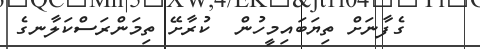
ގެފާނަށް ތިޔަބައިމީހުން  ކުރާށޭ ތިމަންރަސްކަލާނގެ